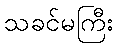
သခင်မကြီး